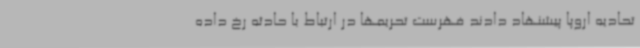
تحادیه اروپا پیشنهاد دادند فهرست تحریمها در ارتباط با حادثه رخ داده